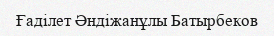
Ғаділет Әндіжанұлы Батырбеков